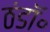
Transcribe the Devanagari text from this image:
ठंडॉ॰